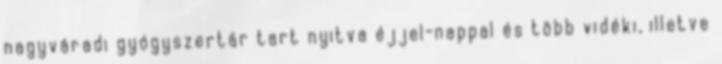
nagyváradi gyógyszertár tart nyitva éjjel-nappal és több vidéki, illetve